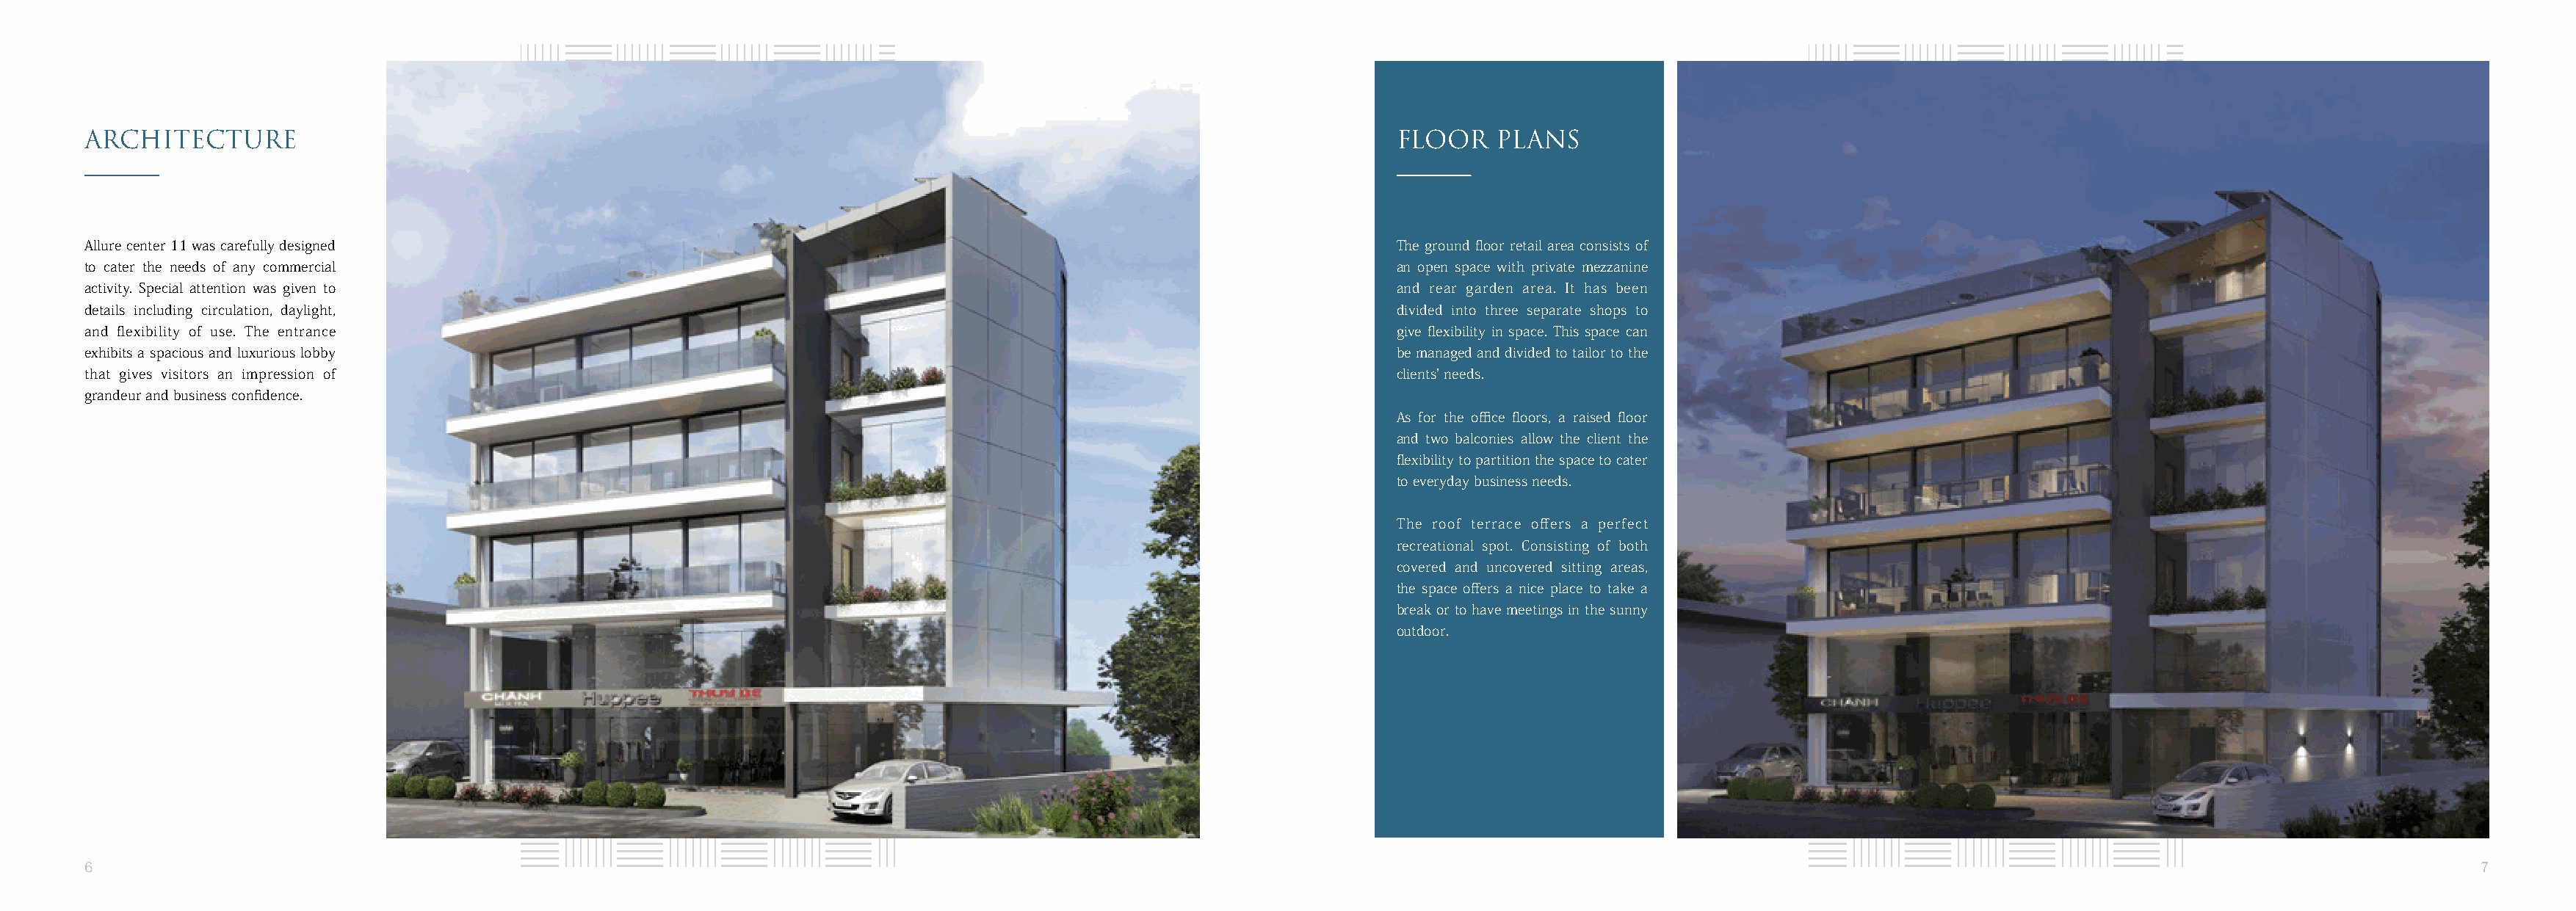
ARCHITECTURE                                                                                                          FLOOR    PLANS
 Allure center 11 was carefully designed                                                                               The ground floor retail area consists of
 to cater the needs of any commercial                                                                                  an open space with private mezzanine
 activity. Special attention was given to                                                                              and rear garden area. It has been
 details including circulation, daylight,                                                                              divided into three separate shops to
 and flexibility of use. The entrance                                                                                  give flexibility in space. This space can
 exhibits a spacious and luxurious lobby                                                                               be managed and divided to tailor to the
 that gives visitors an impression of                                                                                  clients’ needs.
 grandeur and business confidence.
 As for the office floors, a raised floor
 and two balconies allow the client the
 flexibility to partition the space to cater
 to everyday business needs.
 The roof terrace offers a perfect
 recreational spot. Consisting of both
 covered and uncovered sitting areas,
 the space offers a nice place to take a
 break or to have meetings in the sunny
 outdoor.
 6                                                                                                                                                                                                                       7